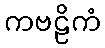
ကဗဠိကံ